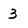
Character: 3